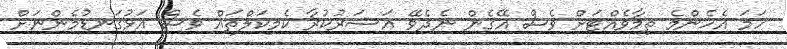
ހަމަ އެހެންމެ ތިމާވެއްޓަށް ވެސް އޭގެން ނެދެވޭ އަސަރުކުރާ ކެމިކަލްތައް ވެސް އަޅުގަނޑުމެންނަށް